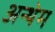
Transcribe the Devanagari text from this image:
अन्थेम